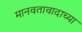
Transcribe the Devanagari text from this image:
मानवतावादाच्या